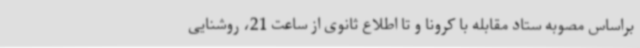
براساس مصوبه ستاد مقابله با کرونا و تا اطلاع ثانوی از ساعت 21، روشنایی